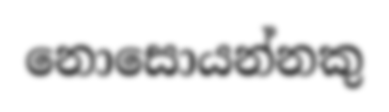
නොසොයන්නකු